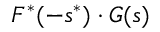
F ^ { * } ( - s ^ { * } ) \cdot G ( s )